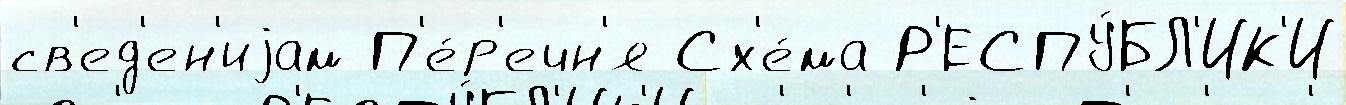
св'ед'ен'иjам П'е́р'ечн'я Сх'е́ма Р'ЕСПУ́БЛ'ИК'И